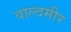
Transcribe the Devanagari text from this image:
वाल्दमीर